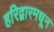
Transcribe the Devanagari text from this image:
हरिद्वारमधून